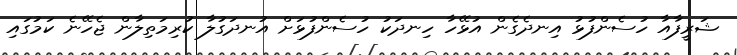
ޝަރީފާއާ ހުސެންފުޅު އިނދެގެން އުޅޭހާ ހިނދަކު ހުސެންފުޅަށް އުނދަގުލާ ކުރިމަތިލާން ޖެހޭނެ ކަމުގައި